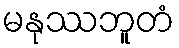
မနုဿဘူတံ